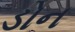
ડોન